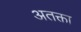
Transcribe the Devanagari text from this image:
अतक्ता